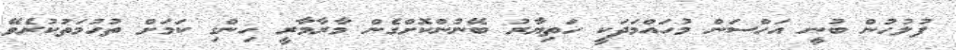
ފުލުހުން ބުނީ އަހްސަން މުހައްމަދަކީ ހަތިޔާރު ބޭނުންކޮށްގެން މާރާމާރީ ހިންގި ކަމަށް ތުހުމަތުކުރެވޭ